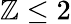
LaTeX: \mathbb{Z}\leq2